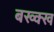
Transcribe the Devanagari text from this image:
बख्क्ख